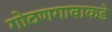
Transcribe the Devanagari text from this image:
गोठणगावाकडे